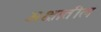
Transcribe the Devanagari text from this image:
अक्षातील